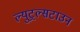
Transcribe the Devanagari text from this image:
ल्युट्रल्सटाउन